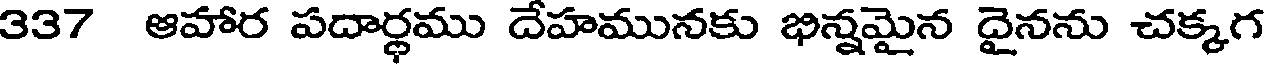
337 ఆహార పదార్థము దేహమునకు భిన్నమైన దైనను చక్కగ